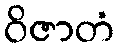
ဝိဇာတံ